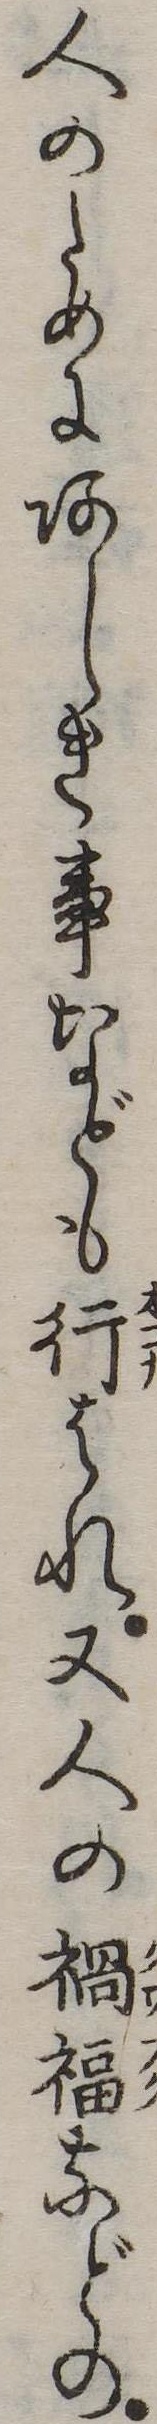
人のためにあしき事なども行はれ又人の禍福などの